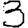
Digit: 3